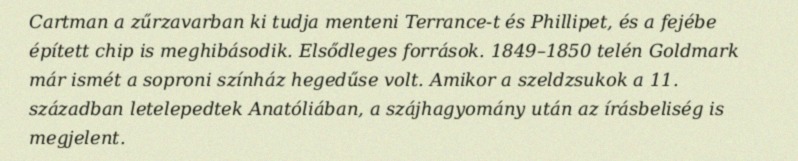
Cartman a zűrzavarban ki tudja menteni Terrance-t és Phillipet, és a fejébe épített chip is meghibásodik. Elsődleges források. 1849–1850 telén Goldmark már ismét a soproni színház hegedűse volt. Amikor a szeldzsukok a 11. században letelepedtek Anatóliában, a szájhagyomány után az írásbeliség is megjelent.